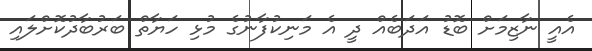
އެއީ ނާޒިމަށް ބޮޑު އަދަބެއް ދީ އެ މަނިކުފާނުގެ މުޅި ހަޔާތް ބަރުބާދުކޮށްލައި